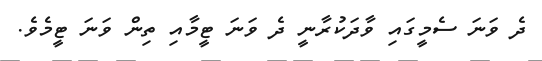
ދެ ވަނަ ސެމީގައި ވާދަކުރާނީ ދެ ވަނަ ޓީމާއި ތިން ވަނަ ޓީމެވެ.